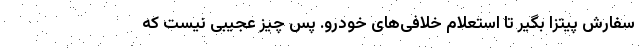
سفارش پیتزا بگیر تا استعلام خلافی‌های خودرو. پس چیز عجیبی نیست که